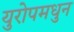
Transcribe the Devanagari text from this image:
युरोपमधुन